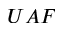
U A F